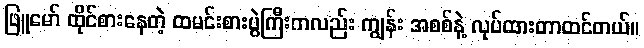
ဖြူမော် ထိုင်စားနေတဲ့ ထမင်းစားပွဲကြီးကလည်း ကျွန်း အစစ်နဲ့ လုပ်ထားတာထင်တယ်။